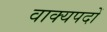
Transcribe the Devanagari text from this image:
वाक्यपदों